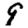
Digit: 8